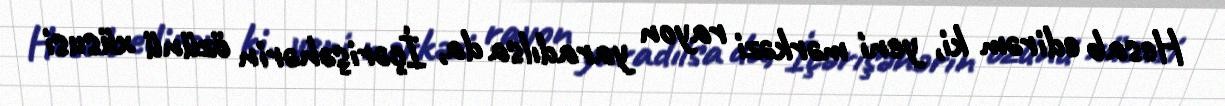
Hesab edirəm ki, yeni mərkəzi rayon yaradılsa da, İçərişəhərin özünü xüsusi